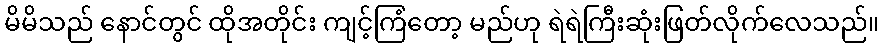
မိမိသည် နောင်တွင် ထိုအတိုင်း ကျင့်ကြံတော့ မည်ဟု ရဲရဲကြီးဆုံးဖြတ်လိုက်လေသည်။